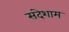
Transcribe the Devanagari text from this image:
संदेशाम